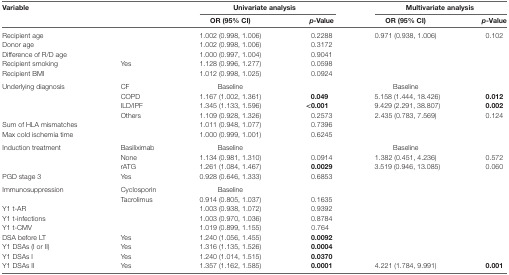
<table><thead><tr><td><b>Variable</b></td><td></td><td colspan="2"><b>Univariate analysis</b></td><td colspan="2"><b>Multivariate analysis</b></td></tr><tr><td></td><td></td><td><b>OR (95% CI)</b></td><td><b><i>p</i>-Value</b></td><td><b>OR (95% CI)</b></td><td><b><i>p</i>-Value</b></td></tr></thead><tbody><tr><td>Recipient age</td><td></td><td>1.002 (0.998, 1.006)</td><td>0.2288</td><td>0.971 (0.938, 1.006)</td><td>0.102</td></tr><tr><td>Donor age</td><td></td><td>1.002 (0.998, 1.006)</td><td>0.3172</td><td></td><td></td></tr><tr><td>Difference of R/D age</td><td></td><td>1.000 (0.997, 1.004)</td><td>0.9041</td><td></td><td></td></tr><tr><td>Recipient smoking</td><td>Yes</td><td>1.128 (0.996, 1.277)</td><td>0.0598</td><td></td><td></td></tr><tr><td>Recipient BMI</td><td></td><td>1.012 (0.998, 1.025)</td><td>0.0924</td><td></td><td></td></tr><tr><td>Underlying diagnosis</td><td>CF</td><td>Baseline</td><td></td><td>Baseline</td><td></td></tr><tr><td></td><td>COPD</td><td>1.167 (1.002, 1.361)</td><td><b>0.049</b></td><td>5.158 (1.444, 18.426)</td><td><b>0.012</b></td></tr><tr><td></td><td>ILD/IPF</td><td>1.345 (1.133, 1.596)</td><td><b>&lt;0.001</b></td><td>9.429 (2.291, 38.807)</td><td><b>0.002</b></td></tr><tr><td></td><td>Others</td><td>1.109 (0.928, 1.326)</td><td>0.2573</td><td>2.435 (0.783, 7.569)</td><td>0.124</td></tr><tr><td>Sum of HLA mismatches</td><td></td><td>1.011 (0.948, 1.077)</td><td>0.7396</td><td></td><td></td></tr><tr><td>Max cold ischemia time</td><td></td><td>1.000 (0.999, 1.001)</td><td>0.6245</td><td></td><td></td></tr><tr><td>Induction treatment</td><td>Basiliximab</td><td>Baseline</td><td></td><td>Baseline</td><td></td></tr><tr><td></td><td>None</td><td>1.134 (0.981, 1.310)</td><td>0.0914</td><td>1.382 (0.451, 4.236)</td><td>0.572</td></tr><tr><td></td><td>rATG</td><td>1.261 (1.084, 1.467)</td><td><b>0.0029</b></td><td>3.519 (0.946, 13.085)</td><td>0.060</td></tr><tr><td>PGD stage 3</td><td>Yes</td><td>0.928 (0.646, 1.333)</td><td>0.6853</td><td></td><td></td></tr><tr><td>Immunosuppression</td><td>Cyclosporin</td><td>Baseline</td><td></td><td></td><td></td></tr><tr><td></td><td>Tacrolimus</td><td>0.914 (0.805, 1.037)</td><td>0.1635</td><td></td><td></td></tr><tr><td>Y1 t-AR</td><td></td><td>1.003 (0.938, 1.072)</td><td>0.9392</td><td></td><td></td></tr><tr><td>Y1 t-infections</td><td></td><td>1.003 (0.970, 1.036)</td><td>0.8784</td><td></td><td></td></tr><tr><td>Y1 t-CMV</td><td></td><td>1.019 (0.899, 1.155)</td><td>0.764</td><td></td><td></td></tr><tr><td>DSA before LT</td><td>Yes</td><td>1.240 (1.056, 1.455)</td><td><b>0.0092</b></td><td></td><td></td></tr><tr><td>Y1 DSAs (I or II)</td><td>Yes</td><td>1.316 (1.135, 1.526)</td><td><b>0.0004</b></td><td></td><td></td></tr><tr><td>Y1 DSAs I</td><td>Yes</td><td>1.240 (1.014, 1.515)</td><td><b>0.0370</b></td><td></td><td></td></tr><tr><td>Y1 DSAs II</td><td>Yes</td><td>1.357 (1.162, 1.585)</td><td><b>0.0001</b></td><td>4.221 (1.784, 9.991)</td><td><b>0.001</b></td></tr></tbody></table>